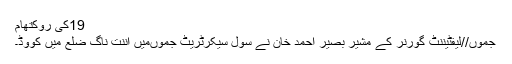
19کی روکتھام
جموں//لیفٹیننٹ گورنر کے مشیر بصیر احمد خان نے سول سیکرٹریٹ جموںمیں اننت ناگ ضلع میں کووِڈ۔